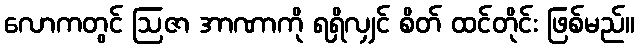
လောကတွင် ဩဇာ အာဏာကို ရရှိလျှင် စိတ် ထင်တိုင်း ဖြစ်မည်။